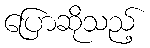
ပြောဆိုသည့်